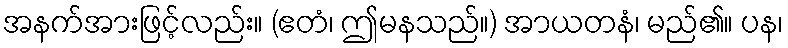
အနက်အားဖြင့်လည်း။ (ဧတံ၊ ဤမနသည်။) အာယတနံ၊ မည်၏။ ပန၊